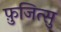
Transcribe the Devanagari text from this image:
फ़ुजित्सु